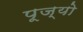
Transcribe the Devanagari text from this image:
पूज्‍यो